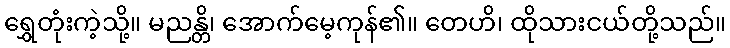
ရွှေတုံးကဲ့သို့။ မညန္တိ၊ အောက်မေ့ကုန်၏။ တေဟိ၊ ထိုသားငယ်တို့သည်။